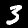
Digit: 3